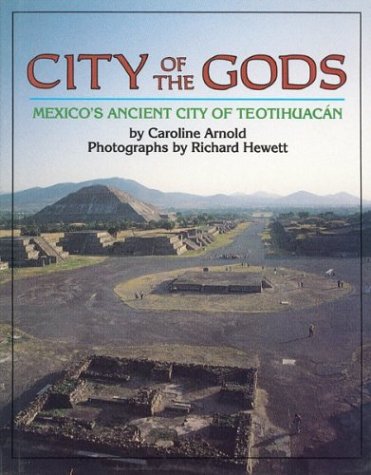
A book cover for City of the Gods: Mexico's Ancient City of Teotihuacan; Caroline Arnold; Children's Books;